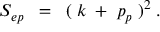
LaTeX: S _ { e p } \; \; = \; \; ( \; k \; + \; p _ { p } \; ) ^ { 2 } \; .